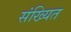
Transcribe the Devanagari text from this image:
संख्यित